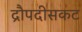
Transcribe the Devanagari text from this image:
द्रौपदीसकट